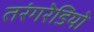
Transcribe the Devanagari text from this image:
तरंगरेडियो